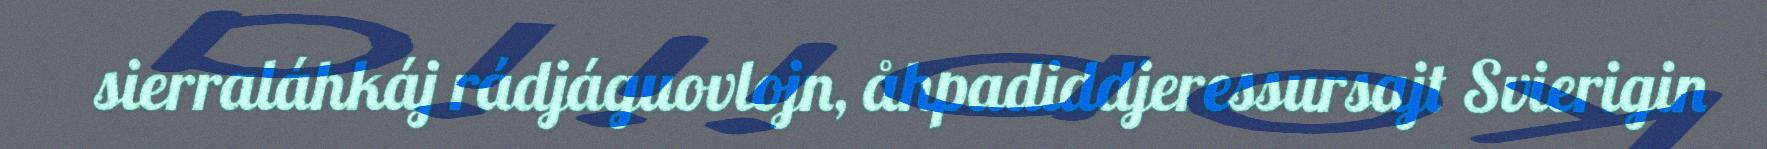
sierraláhkáj rádjáguovlojn, åhpadiddjeressursajt Svierigin